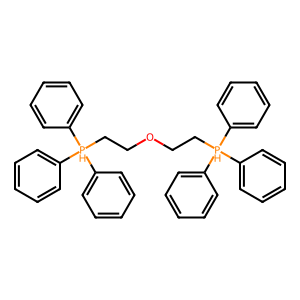
SMILES: c1ccc([PH](CCOCC[PH](c2ccccc2)(c2ccccc2)c2ccccc2)(c2ccccc2)c2ccccc2)cc1
Inhibits HIV replication: No